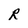
Character: R